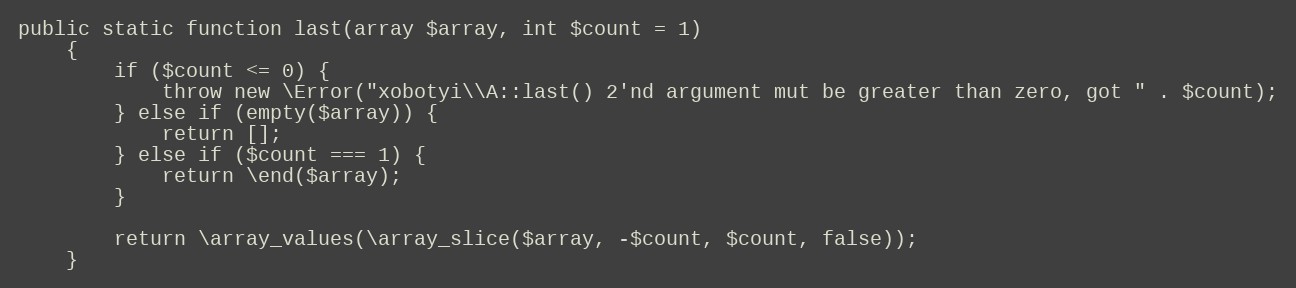
Language: PHP
public static function last(array $array, int $count = 1)
    {
        if ($count <= 0) {
            throw new \Error("xobotyi\\A::last() 2'nd argument mut be greater than zero, got " . $count);
        } else if (empty($array)) {
            return [];
        } else if ($count === 1) {
            return \end($array);
        }

        return \array_values(\array_slice($array, -$count, $count, false));
    }